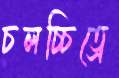
চলচ্চিত্রে